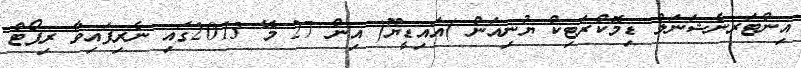
އިންޓަރނެޝަނަލް ޑިމޮކްރަޓިކް ޔުނިއަން )އައިޑީޔޫ( އިން 27 މޭ 2013ގައި ނެރިފައިވާ ރިޕޯޓް